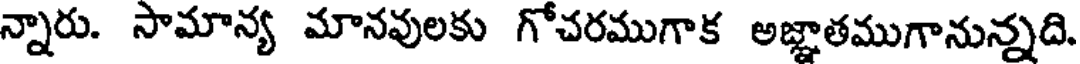
న్నారు. సామాన్య మానవులకు గోచరముగాక అజ్ఞాతముగానున్నది.